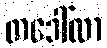
တဒေါ်လာ